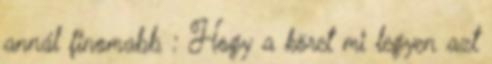
annál finomabb : Hogy a köret mi legyen azt